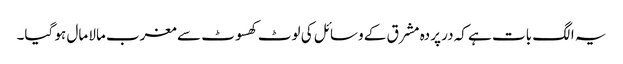
یہ الگ بات ہے کہ در پردہ مشرق کے وسائل کی لوٹ کھسوٹ سے مغرب مالا مال ہو گیا۔